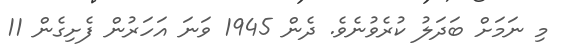
މި ނަމަށް ބަދަލު ކުރެވުނެވެ. ދެން 1945 ވަނަ އަހަރުން ފެށިގެން 11